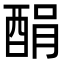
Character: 䣺